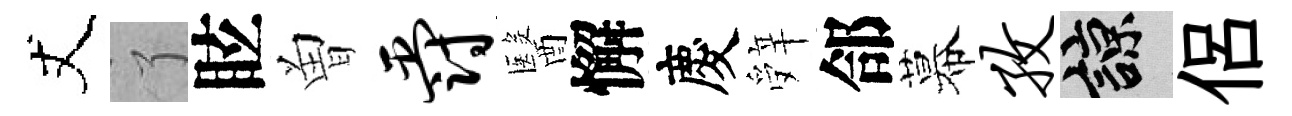
丈了眩曽爵醫懈慶辤郃幕孜諒侶